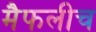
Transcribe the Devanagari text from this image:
मैफलीच